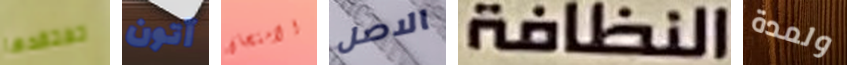
تفتقدها آتون الامتحان الاصل النظافة ولمدة